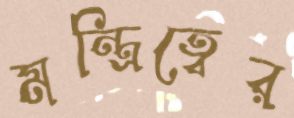
মন্ত্রিত্বের